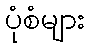
ပုံစံများ